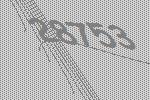
28753